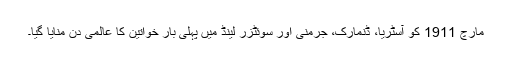
مارچ 1911 کو آسٹریا، ڈنمارک، جرمنی اور سوئٹزر لینڈ میں پہلی بار خواتین کا عالمی دن منایا گیا۔